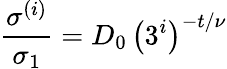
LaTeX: \frac{\sigma^{(i)}}{\sigma_{1}}=D_{0}\, \left(3^{i}\right)^{-t/\nu}